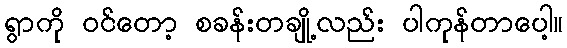
ရွာကို ဝင်တော့ စခန်းတချို့လည်း ပါကုန်တာပေါ့။